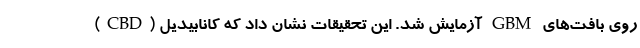
روی بافت‌های GBM آزمایش شد. این تحقیقات نشان داد که کانابیدیل (CBD)